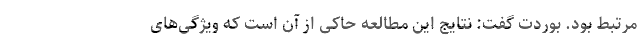
مرتبط بود. بوردت گفت: نتایج این مطالعه حاکی از آن است که ویژگی‌های